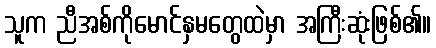
သူက ညီအစ်ကိုမောင်နှမတွေထဲမှာ အကြီးဆုံးဖြစ်၏။